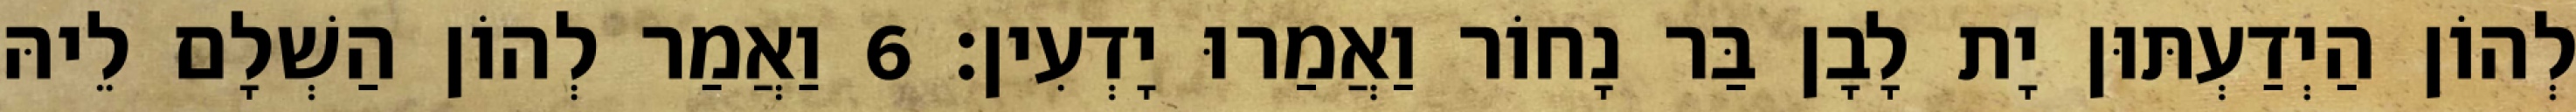
לְהוֹן הַיְדַעְתּוּן יָת לָבָן בַּר נָחוֹר וַאֲמַרוּ יָדְעִין׃ 6 וַאֲמַר לְהוֹן הַשְׁלָם לֵיהּ